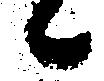
候